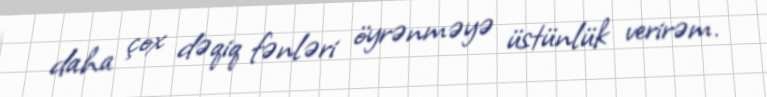
daha çox dəqiq fənləri öyrənməyə üstünlük verirəm.